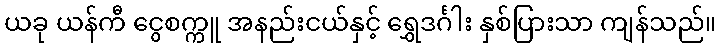
ယခု ယန်ကီ ငွေစက္ကူ အနည်းငယ်နှင့် ရွှေဒင်္ဂါး နှစ်ပြားသာ ကျန်သည်။